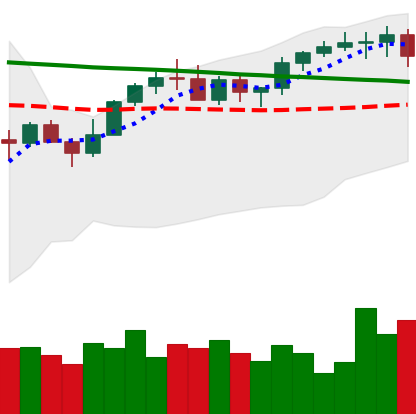
Ticker: XMR-USD
Chart end date: 2022-12-14
Forward return: -3.122%
Label: down_3_5